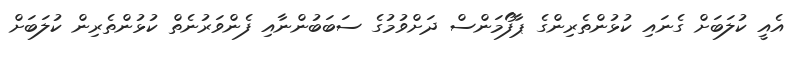
އެއީ ކުލަބަށް ގެނައި ކުޅުންތެރިންގެ ޕާފޯމަންސް ދަށްވުމުގެ ސަބަބުންނާއި ފެންވަރުނެތް ކުޅުންތެރިން ކުލަބަށް